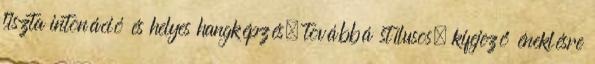
tiszta intonáció és helyes hangképzés, továbbá stílusos, kifejező éneklésre